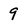
Character: 9